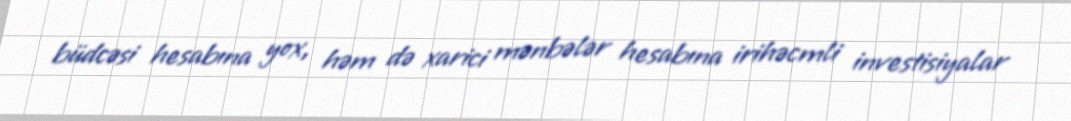
büdcəsi hesabına yox, həm də xarici mənbələr hesabına irihəcmli investisiyalar